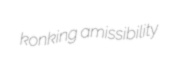
konking amissibility